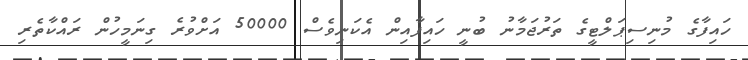
ހައިފާގެ މުނިސިޕަލްޓީގެ ތަރުޖަމާނު ބުނީ ހައިފާއިން އެކަނިވެސް 50000 އަށްވުރެ ގިނަމީހުން ރައްކާތެރި